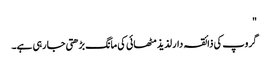
"
گروپ کی ذائقہ دار لذیذ مٹھائی کی مانگ بڑھتی جا رہی ہے۔